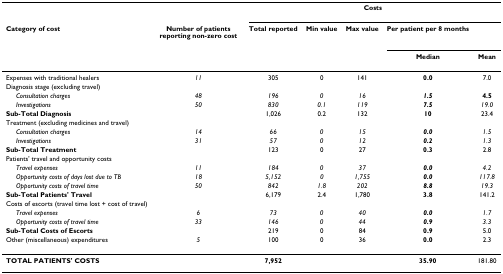
<table><thead><tr><td></td><td></td><td colspan="5"><b>Costs</b></td></tr><tr><td><b>Category of cost</b></td><td><b>Number of patients reporting non-zero cost</b></td><td><b>Total reported</b></td><td><b>Min value</b></td><td><b>Max value</b></td><td><b>Per patient per 8 months</b></td><td></td></tr><tr><td></td><td></td><td></td><td></td><td></td><td><b>Median</b></td><td><b>Mean</b></td></tr></thead><tbody><tr><td>Expenses with traditional healers</td><td><i>11</i></td><td>305</td><td>0</td><td>141</td><td><b>0.0</b></td><td>7.0</td></tr><tr><td>Diagnosis stage (excluding travel)</td><td></td><td></td><td></td><td></td><td></td><td></td></tr><tr><td> <i>Consultation charges</i></td><td><i>48</i></td><td><i>196</i></td><td><i>0</i></td><td><i>16</i></td><td><b><i>1.5</i></b></td><td><b>4.5</b></td></tr><tr><td> <i>Investigations</i></td><td><i>50</i></td><td><i>830</i></td><td><i>0.1</i></td><td><i>119</i></td><td><b><i>7.5</i></b></td><td><i>19.0</i></td></tr><tr><td><b>Sub-Total Diagnosis</b></td><td></td><td>1,026</td><td>0.2</td><td>132</td><td><b>10</b></td><td>23.4</td></tr><tr><td>Treatment (excluding medicines and travel)</td><td></td><td></td><td></td><td></td><td></td><td></td></tr><tr><td> <i>Consultation charges</i></td><td><i>14</i></td><td><i>66</i></td><td><i>0</i></td><td><i>15</i></td><td><b><i>0.0</i></b></td><td><i>1.5</i></td></tr><tr><td> <i>Investigations</i></td><td><i>31</i></td><td><i>57</i></td><td><i>0</i></td><td><i>12</i></td><td><b><i>0.2</i></b></td><td><i>1.3</i></td></tr><tr><td><b>Sub-Total Treatment</b></td><td></td><td>123</td><td>0</td><td>27</td><td><b>0.3</b></td><td>2.8</td></tr><tr><td>Patients&#x27; travel and opportunity costs</td><td></td><td></td><td></td><td></td><td></td><td></td></tr><tr><td> <i>Travel expenses</i></td><td><i>11</i></td><td><i>184</i></td><td><i>0</i></td><td><i>37</i></td><td><b><i>0.0</i></b></td><td><i>4.2</i></td></tr><tr><td> <i>Opportunity costs of days lost due to TB</i></td><td><i>18</i></td><td><i>5,152</i></td><td><i>0</i></td><td><i>1,755</i></td><td><b><i>0.0</i></b></td><td><i>117.8</i></td></tr><tr><td> <i>Opportunity costs of travel time</i></td><td><i>50</i></td><td><i>842</i></td><td><i>1.8</i></td><td><i>202</i></td><td><b><i>8.8</i></b></td><td><i>19.3</i></td></tr><tr><td><b>Sub-Total Patients&#x27; Travel</b></td><td></td><td>6,179</td><td>2.4</td><td>1,780</td><td><b>3.8</b></td><td>141.2</td></tr><tr><td>Costs of escorts (travel time lost + cost of travel)</td><td></td><td></td><td></td><td></td><td></td><td></td></tr><tr><td> <i>Travel expenses</i></td><td><i>6</i></td><td><i>73</i></td><td><i>0</i></td><td><i>40</i></td><td><b><i>0.0</i></b></td><td><i>1.7</i></td></tr><tr><td> <i>Opportunity costs of travel time</i></td><td><i>33</i></td><td><i>146</i></td><td><i>0</i></td><td><i>44</i></td><td><b><i>0.9</i></b></td><td><i>3.3</i></td></tr><tr><td><b>Sub-Total Costs of Escorts</b></td><td></td><td>219</td><td>0</td><td>84</td><td><b>0.9</b></td><td>5.0</td></tr><tr><td>Other (miscellaneous) expenditures</td><td><i>5</i></td><td>100</td><td>0</td><td>36</td><td><b>0.0</b></td><td>2.3</td></tr><tr><td><b>TOTAL PATIENTS&#x27; COSTS</b></td><td></td><td><b>7,952</b></td><td></td><td></td><td><b>35.90</b></td><td>181.80</td></tr></tbody></table>